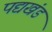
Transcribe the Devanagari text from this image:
पद्यखंड